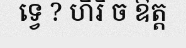
ទ្វេ ? ហិរិ ច ឱត្ត